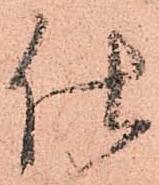
仕